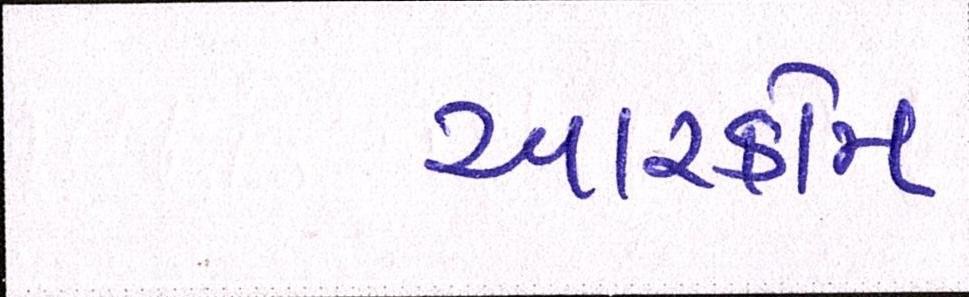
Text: આરકોમ